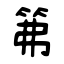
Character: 笰